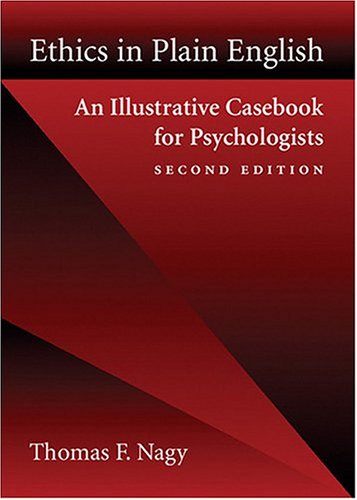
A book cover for Ethics in Plain English: An Illustrative Casebook for Psychologists ( Second Edition ); Thomas F. Nagy; Medical Books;